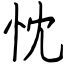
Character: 忱